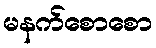
မနက်စောစော